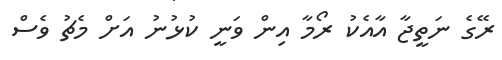
ރޭގެ ނަތީޖާ އާއެކު ރޯމާ އިން ވަނީ ކުޅުނު އަށް މެޗު ވެސް